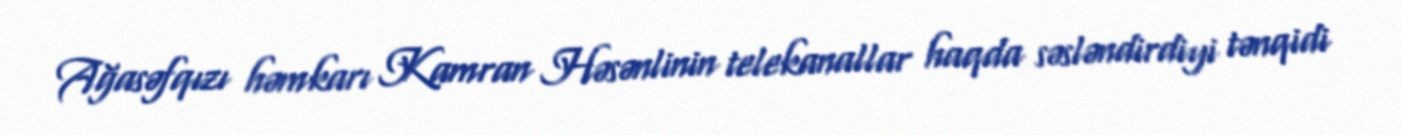
Ağasəfqızı həmkarı Kamran Həsənlinin telekanallar haqda səsləndirdiyi tənqidi